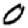
Digit: 0